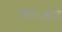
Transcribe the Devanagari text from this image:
विधिआदि